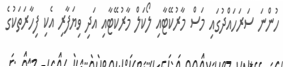
ހުންނަ ސަރަހައްދުގައި މަސް މާރުކޭޓާއި ލޯކަލް މާރުކޭޓާއި އަދި ވިޔަފާރި އެކި ފިހާރަތަކުގެ